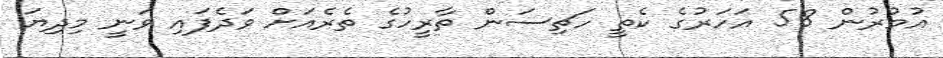
އުމުރުން 58 އަހަރުގެ ކެތީ ހަޗިސަން ތާރީހުގެ ތެރެއަށް ވަދެފައި ވަނީ މިދިޔަ